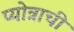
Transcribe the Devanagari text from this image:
प्योत्राची